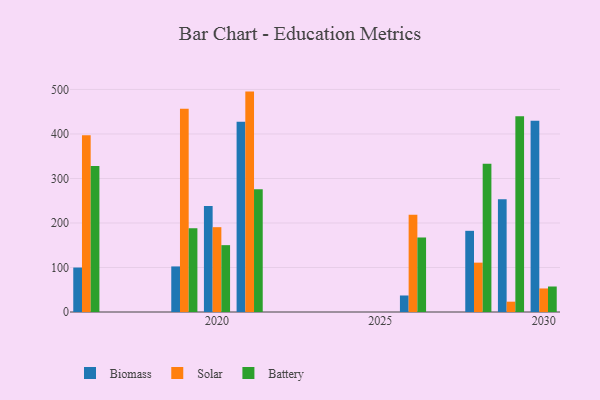
{"axis": {"x": "Year", "y": "Churn Rate (%)"}, "legend": ["Battery", "Biomass", "Solar"], "data": [{"x": "2029", "y": 253.4, "type": "Biomass"}, {"x": "2029", "y": 23.2, "type": "Solar"}, {"x": "2029", "y": 439.7, "type": "Battery"}, {"x": "2016", "y": 99.9, "type": "Biomass"}, {"x": "2016", "y": 397.3, "type": "Solar"}, {"x": "2016", "y": 328.0, "type": "Battery"}, {"x": "2030", "y": 429.7, "type": "Biomass"}, {"x": "2030", "y": 52.9, "type": "Solar"}, {"x": "2030", "y": 57.3, "type": "Battery"}, {"x": "2021", "y": 427.4, "type": "Biomass"}, {"x": "2021", "y": 495.2, "type": "Solar"}, {"x": "2021", "y": 275.7, "type": "Battery"}, {"x": "2028", "y": 182.4, "type": "Biomass"}, {"x": "2028", "y": 110.9, "type": "Solar"}, {"x": "2028", "y": 333.2, "type": "Battery"}, {"x": "2026", "y": 37.1, "type": "Biomass"}, {"x": "2026", "y": 218.6, "type": "Solar"}, {"x": "2026", "y": 167.4, "type": "Battery"}, {"x": "2020", "y": 238.4, "type": "Biomass"}, {"x": "2020", "y": 190.6, "type": "Solar"}, {"x": "2020", "y": 150.2, "type": "Battery"}, {"x": "2019", "y": 102.4, "type": "Biomass"}, {"x": "2019", "y": 456.5, "type": "Solar"}, {"x": "2019", "y": 188.2, "type": "Battery"}]}